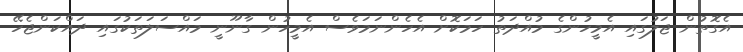
އެގޮތުން ޖަލުގައި އެމީހުންގެ މުއްދަތު ހަމަކޮށް އެހެންނަމަވެސް އެމީހުން ގާނޫނީ މައްސަލަތަކުގައި ދައްކަންޖެހޭ